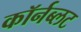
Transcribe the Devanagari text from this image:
कॉर्नब्लट